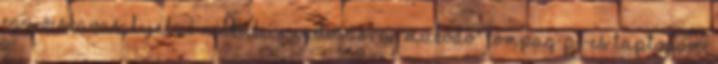
egy ócskavas, kijelző nélküli, rugdosásra "működő" Compaq P1-es laptopom,